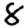
Digit: 8